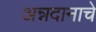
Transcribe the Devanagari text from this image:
अन्नदानाचे